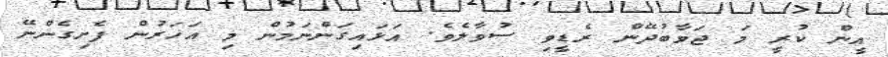
އީން ކުރީ މަ ޖަވާބުދޭން ރެޑީވި ސުވާލެވެ. އަޅައިގަންނަމުން މި އަހަރުން ފެށިގެންނޭ